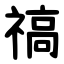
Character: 禞